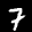
Label: 7